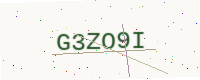
Text: G3ZO9I